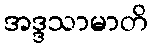
အဒ္ဒသာမာတိ